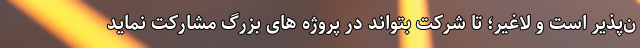
ن‌پذیر است و لاغیر؛ تا شرکت بتواند در پروژه های بزرگ مشارکت نماید